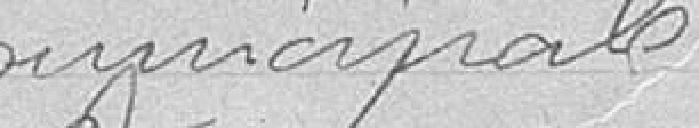
municipale